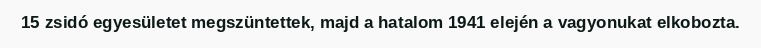
15 zsidó egyesületet megszüntettek, majd a hatalom 1941 elején a vagyonukat elkobozta.